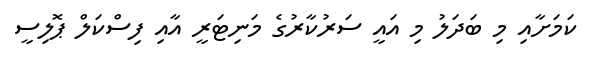
ކަމަށާއި މި ބަދަލު މި އައީ ސަރުކާރުގެ މަނިޓަރީ އާއި ފިސްކަލް ޕޮލިސީ